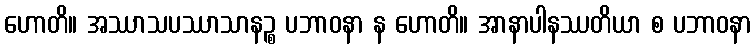
ဟောတိ။ အဿာသပဿာသာနဉ္စ ပဘာဝနာ န ဟောတိ။ အာနာပါနဿတိယာ စ ပဘာဝနာ